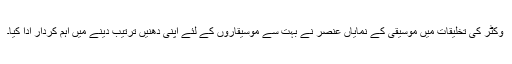
وکٹر کی تخلیقات میں موسیقی کے نمایاں عنصر نے بہت سے موسیقاروں کے لئے اپنی دھنیں ترتیب دینے میں اہم کردار ادا کیا۔